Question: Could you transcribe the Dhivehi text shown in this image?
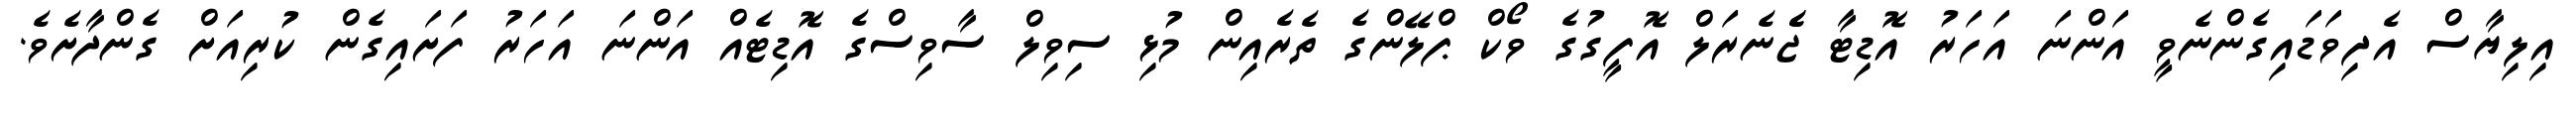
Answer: އިލިޔާސް އެދިވަޑައިގެންނެވީ އަންނަ އަހަރު އޮޑިޓާ ޖެެނެރަލް އޮފީގުގެ ވޯކް ޕްލޭންގެ ތެރެއިން މުޅި ސިވިލް ސާވިސްގެ އޮޑިޓެއް އަންނަ އަހަރު ފަށައިގެން ކުރިއަށް ގެންދާށެވެ.